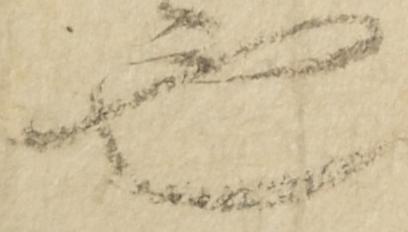
也